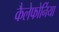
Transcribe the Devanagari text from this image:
कैलेफोर्निया